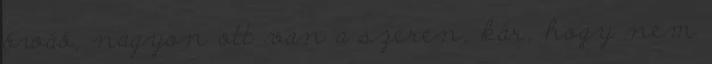
ówáó, nagyon ott van a szeren, kár, hogy nem